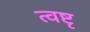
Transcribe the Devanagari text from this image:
त्वष्टृ